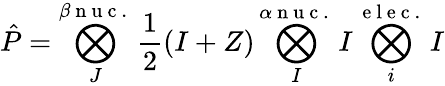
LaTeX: \hat{P}=\bigotimes_{J}^{\beta\mathrm{~n~u~c~.~}}\frac{1}{2}(I+Z)\bigotimes_{I}^{\alpha\mathrm{~n~u~c~.~}}I\bigotimes_{i}^{\mathrm{~e~l~e~c~.~}}I